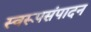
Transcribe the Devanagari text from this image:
स्वरूपसंपादन